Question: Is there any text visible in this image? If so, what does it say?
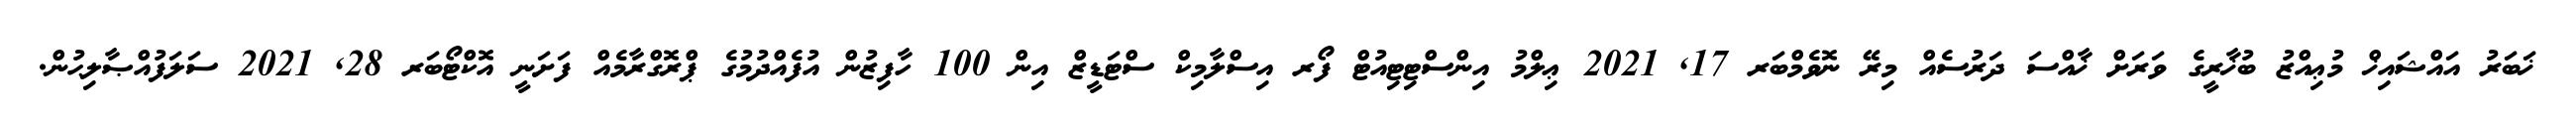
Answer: ޚަބަރު އައްޝައިޚް މުޢިއްޒު ބުޚާރީގެ ވަރަށް ޚާއްސަ ދަރުސެއް މިރޭ ނޮވެމްބަރ 17, 2021 ޢިލްމު އިންސްޓިޓިއުޓް ފޯރ އިސްލާމިކް ސްޓަޑީޒް އިން 100 ހާފިޒުން އުފެއްދުމުގެ ޕްރޮގްރާމެއް ފަށަނީ އޮކްޓޯބަރ 28, 2021 ސަލަފުއްޞާލިޙުން.